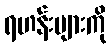
ရဟန်းများကို